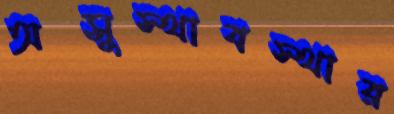
অসুস্থাবস্থার